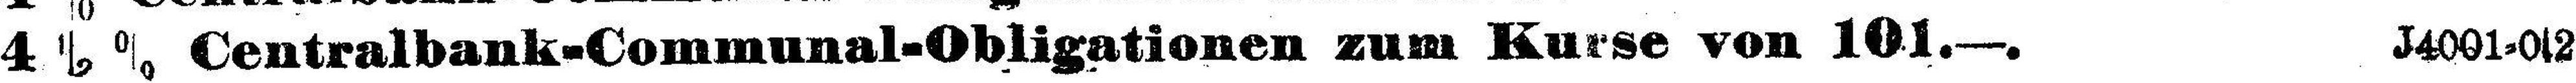
4 ½ % Centralbank-Communal-Obligationen zum Kurse von 101.—. J4001-0s2